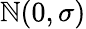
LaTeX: \mathbb{N}(0,\sigma)